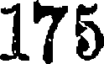
175